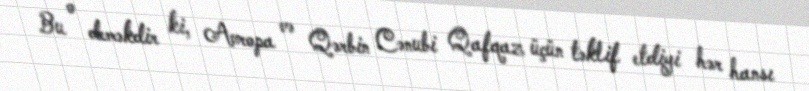
Bu o deməkdir ki, Avropa və Qərbin Cənubi Qafqaz üçün təklif etdiyi hər hansı